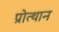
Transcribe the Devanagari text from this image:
प्रोत्थान